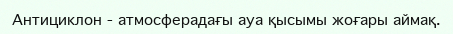
Антициклон - атмосферадағы ауа қысымы жоғары аймақ.